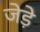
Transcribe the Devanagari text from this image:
जेड़े